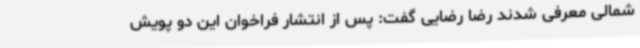
شمالی معرفی شدند رضا رضایی گفت: پس از انتشار فراخوان این دو پویش